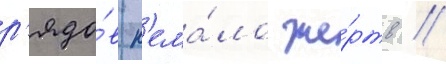
р'ядо́в н'ема́ло же́ртв //